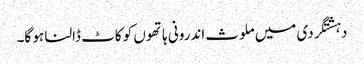
دہشتگردی میں ملوث اندرونی ہاتھوں کو کاٹ ڈالنا ہو گا۔